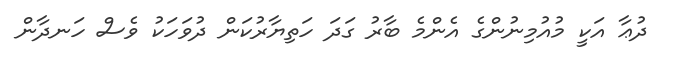
ދުޢާ އަކީ މުއުމިނުންގެ އެންމެ ބާރު ގަދަ ހަތިޔާރުކަން ދުވަހަކު ވެސް ހަނދާން